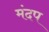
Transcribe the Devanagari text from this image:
मंदप